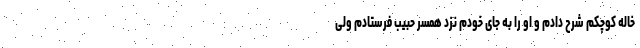
خاله کوچکم شرح دادم و او را به جای خودم نزد همسر حبیب فرستادم ولی